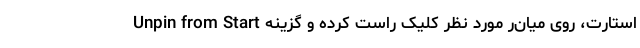
استارت، روی میان‌ّر مورد نظر کلیک راست کرده و گزینه Unpin from Start